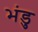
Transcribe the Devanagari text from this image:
भंडु